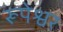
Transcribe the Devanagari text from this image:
रूपेश्वर